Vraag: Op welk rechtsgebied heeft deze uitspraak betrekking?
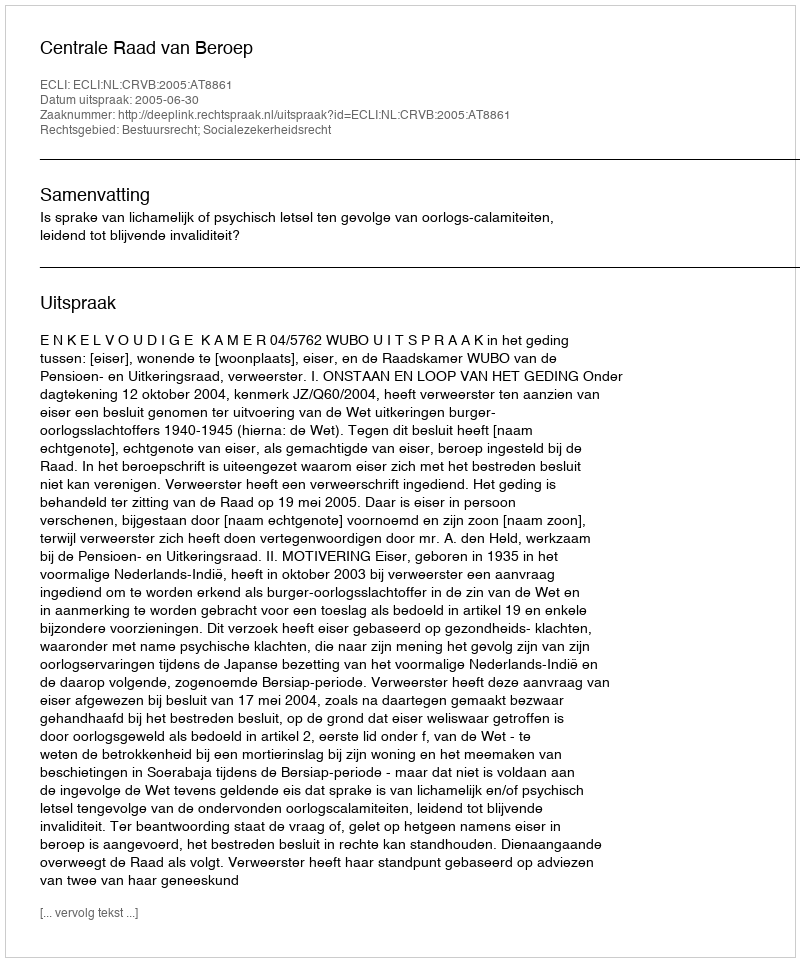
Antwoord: Bestuursrecht; Socialezekerheidsrecht